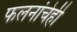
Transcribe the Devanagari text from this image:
फलनांचेही